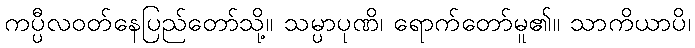
ကပ္ပီလဝတ်နေပြည်တော်သို့။ သမ္ပာပုဏိ၊ ရောက်တော်မူ၏။ သာကိယာပိ၊